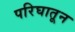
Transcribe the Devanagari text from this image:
परिघातून